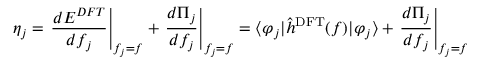
\eta _ { j } = \left. \frac { d E ^ { D F T } } { d f _ { j } } \right\rvert _ { f _ { j } = f } + \left. \frac { d \Pi _ { j } } { d f _ { j } } \right\rvert _ { f _ { j } = f } = \langle \varphi _ { j } \rvert \hat { h } ^ { \mathrm { D F T } } ( f ) \lvert \varphi _ { j } \rangle + \left. \frac { d \Pi _ { j } } { d f _ { j } } \right\rvert _ { f _ { j } = f }